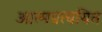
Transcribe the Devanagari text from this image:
आत्मप्रत्ययित